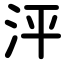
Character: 泙